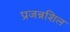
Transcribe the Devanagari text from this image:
प्रजन्नशिल